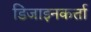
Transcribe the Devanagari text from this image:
डिजाइनकर्त्ता